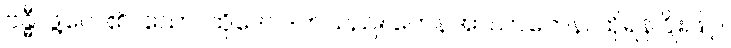
ဗန္ဓီ၊ ဖွဲ့လေ၏။ သော၊ ထိုဒေဝဒတ်သည်။ တေနအာဃာတေန၊ ထိုရန်ငြိုးဖြင့်။